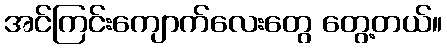
အင်ကြင်းကျောက်လေးတွေ တွေ့တယ်။